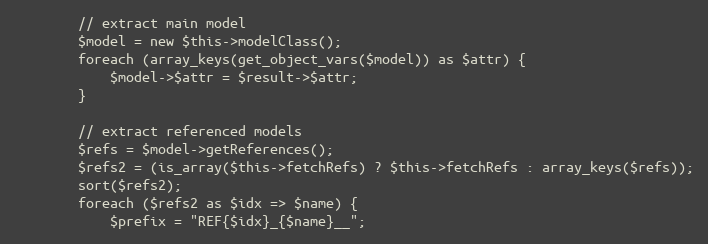
Language: PHP
        // extract main model
        $model = new $this->modelClass();
        foreach (array_keys(get_object_vars($model)) as $attr) {
            $model->$attr = $result->$attr;
        }

        // extract referenced models
        $refs = $model->getReferences();
        $refs2 = (is_array($this->fetchRefs) ? $this->fetchRefs : array_keys($refs));
        sort($refs2);
        foreach ($refs2 as $idx => $name) {
            $prefix = "REF{$idx}_{$name}__";